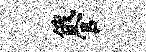
俄官